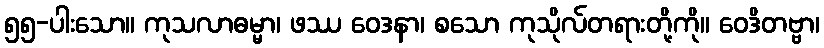
၅၅-ပါးသော။ ကုသလာဓမ္မာ၊ ဖဿ ဝေဒနာ၊ စသော ကုသိုလ်တရားတို့ကို။ ဝေဒိတဗ္ဗာ၊